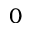
0